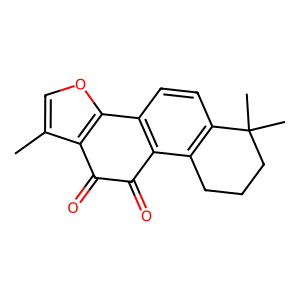
SMILES: Cc1coc2c1C(=O)C(=O)c1c-2ccc2c1CCCC2(C)C
Inhibits HIV replication: No